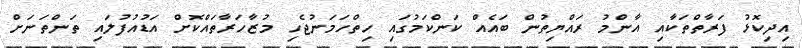
އިދިކޮޅު ފަރާތްތަކާއި އާންމު ރައްޔިތުން ބައެއް ކަންކަމުގައި ހިތްހަމަނުޖެހި މުޒާހަރާތައްކޮށް އަޑުއުފުލައި ތަންތަނަށް